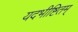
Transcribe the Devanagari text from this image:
यदभीष्टितम्